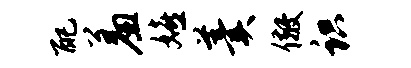
配羞嬉羹儆识